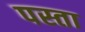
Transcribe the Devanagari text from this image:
पस्ता